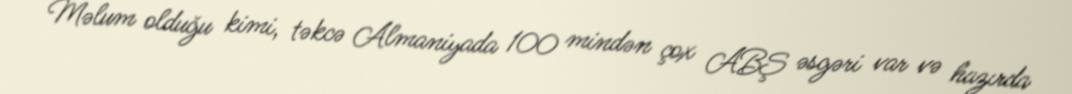
Məlum olduğu kimi, təkcə Almaniyada 100 mindən çox ABŞ əsgəri var və hazırda